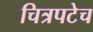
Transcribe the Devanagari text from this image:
चित्रपटेच